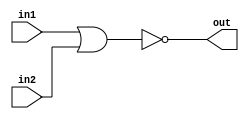
module NOR_Gate_Delay (
    input wire in1,
    input wire in2,
    output wire out
);

reg out_reg;

always @ (in1, in2) begin
    #1 out_reg = ~(in1 | in2); // NOR gate delay
end

assign out = out_reg;

endmodule